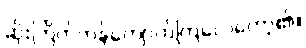
ဆိုးကြိတ်ကန်ကျောက်ကြလေတော့၏။